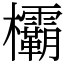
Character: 欛